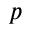
p